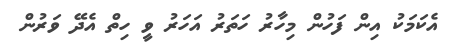
އެކަމަކު އިން ފަހުން މިހާރު ހަތަރު އަހަރު ވީ ހިތް އެދޭ ވަރުން